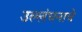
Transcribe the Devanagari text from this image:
उल्लंघनाचे